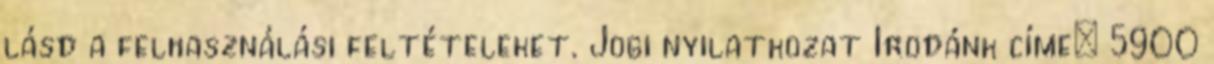
lásd a felhasználási feltételeket. Jogi nyilatkozat Irodánk címe: 5900